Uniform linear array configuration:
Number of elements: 16
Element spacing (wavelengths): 1
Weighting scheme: cosine
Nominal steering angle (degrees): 0
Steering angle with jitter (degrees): -1.648
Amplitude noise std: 0.05
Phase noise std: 0.05

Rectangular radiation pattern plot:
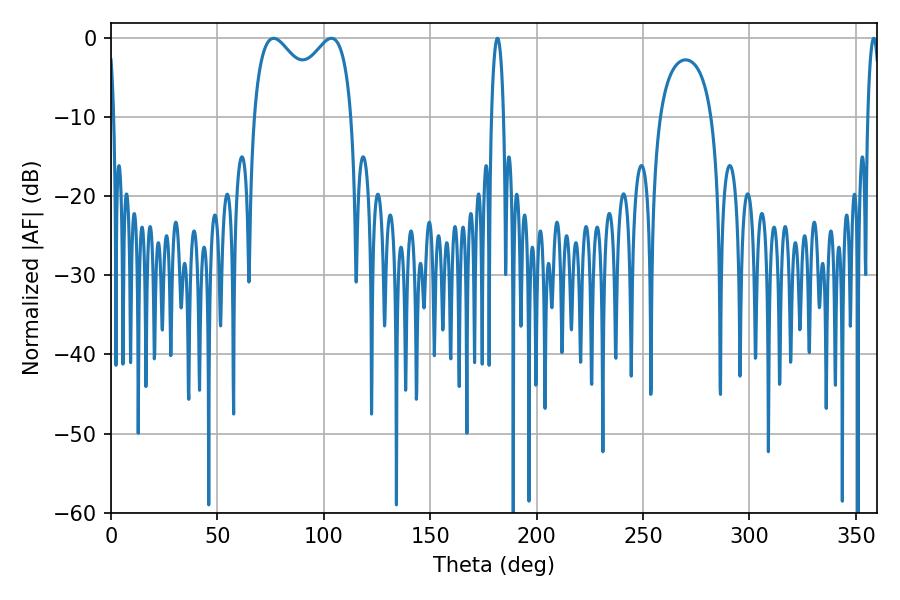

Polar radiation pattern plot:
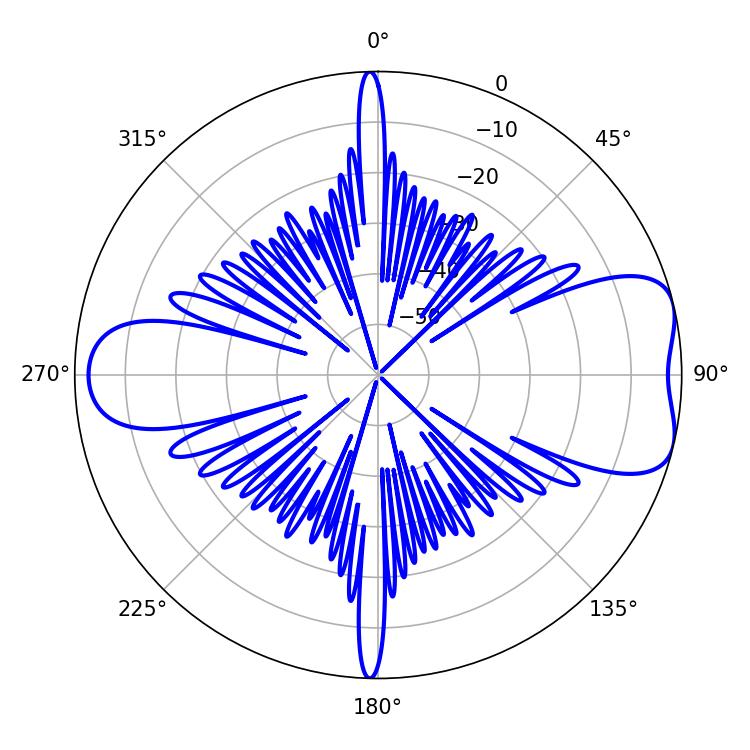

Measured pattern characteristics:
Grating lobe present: TRUE
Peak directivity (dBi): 7.222
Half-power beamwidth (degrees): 3.24
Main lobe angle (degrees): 181.62